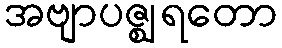
အဗျာပဇ္ဈရတော